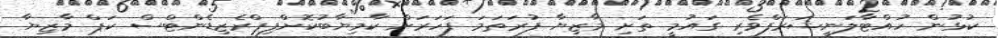
ކުޅުން ހުއްޓާލަނީޝަރަފްވެރި ގައުމީ ތަށި މާޒިޔާ ފުރަތަމަ ފަހަރަށް ކާމިޔާބުކޮށްފިޕްރެޒިޑެންޓްސް ކަޕް މާޒިޔާ